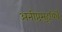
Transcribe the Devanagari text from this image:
अनीष्ठसहूयिर्थे